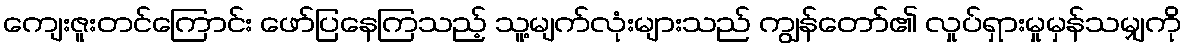
ကျေးဇူးတင်ကြောင်း ဖော်ပြနေကြသည့် သူ့မျက်လုံးများသည် ကျွန်တော်၏ လှုပ်ရှားမှုမှန်သမျှကို